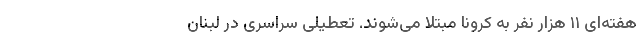
هفته‌ای ۱۱ هزار نفر به کرونا مبتلا می‌شوند. تعطیلی سراسری در لبنان